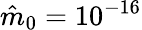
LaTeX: \hat{m}_{0}=10^{-16}